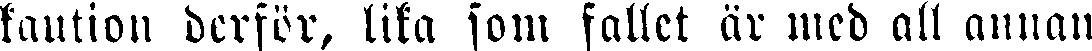
kaution derför, lika som fallet är med all annan